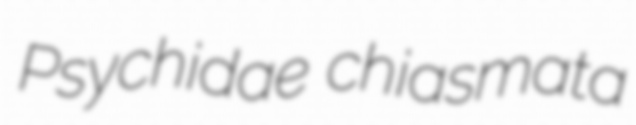
Psychidae chiasmata